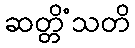
ဆတ္တိံသတိ